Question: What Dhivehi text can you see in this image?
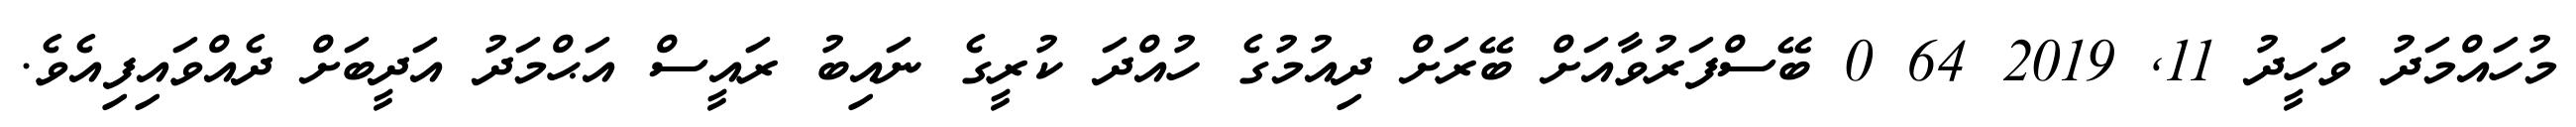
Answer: މުހައްމަދު ވަހީދު 11, 2019 64 0 ބޭސްފަރުވާއަށް ބޭރަށް ދިއުމުގެ ހުއްދަ ކުރީގެ ނައިބު ރައީސް އަޙްމަދު އަދީބަށް ދެއްވައިފިއެވެ.